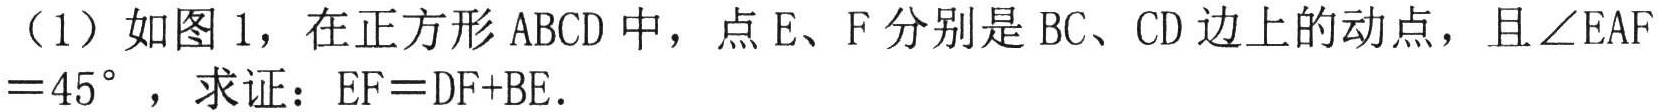
（1）如图1，在正方形ABCD中，点E、F分别是BC、CD边上的动点，且$\angle EAF = 45^{\circ}$，求证：$EF = DF + BE$.